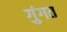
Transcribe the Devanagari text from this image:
गुंगत